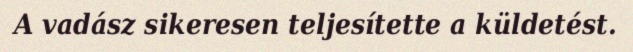
A vadász sikeresen teljesítette a küldetést.